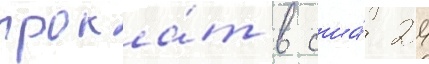
прока́т в сша́ 24